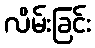
လိမ်းခြင်း